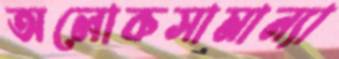
অলোকসামান্যা